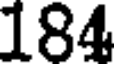
184